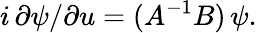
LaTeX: i\, \partial\psi/\partial u=(A^{-1}B)\, \psi.